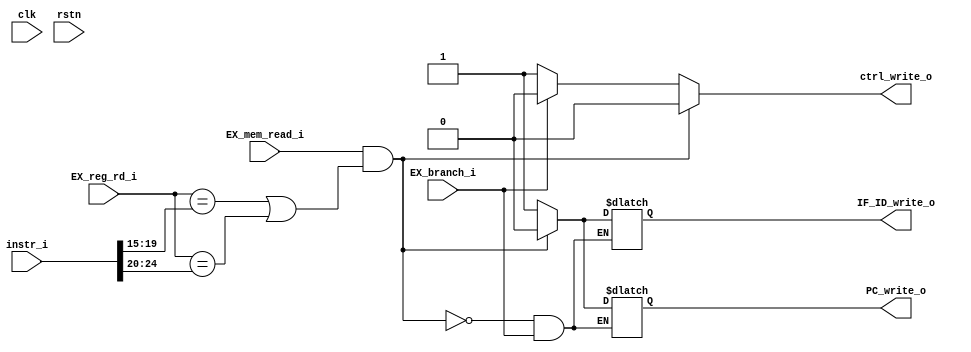
//-------------------------------------------------------------------
//
//  COPYRIGHT (C) 2023, devin
//  balddonkey@outlook.com
//
//-------------------------------------------------------------------
// Title       : rv_hzd_detect.V
// Editor      : VIM
// Created     :
// Description :
//
// $Id$
//-------------------------------------------------------------------

`timescale 1ns / 1ps

module rv_hzd_detect(
    input               clk,
    input               rstn,
    input               EX_mem_read_i,
    input       [4:0]   EX_reg_rd_i,
    input               EX_branch_i,
    input       [31:0]  instr_i,
    // input               IF_flush_i,
    output  reg         PC_write_o,     // stall
    output  reg         IF_ID_write_o,  // stall
    output  reg         ctrl_write_o    // stall
);


//------------------------ SIGNALS ------------------------//

wire [4:0]  ID_reg_rs1;
wire [4:0]  ID_reg_rs2;

//------------------------ PROCESS ------------------------//

// stall for ld, branch

always @(*) begin
    if(EX_mem_read_i & ((EX_reg_rd_i==ID_reg_rs1) | (EX_reg_rd_i==ID_reg_rs2))) begin
        PC_write_o      <=  1'b0;
        IF_ID_write_o   <=  1'b0;
        ctrl_write_o    <=  1'b0;
    // end else if(IF_flush_i==1'b1) begin
    end else if(EX_branch_i==1'b1) begin
        ctrl_write_o    <=  1'b0;
    end else begin
        PC_write_o      <=  1'b1;
        IF_ID_write_o   <=  1'b1;
        ctrl_write_o    <=  1'b1;
    end
end

assign ID_reg_rs1 = instr_i[19:15];
assign ID_reg_rs2 = instr_i[24:20];

//------------------------ INST ------------------------//


endmodule